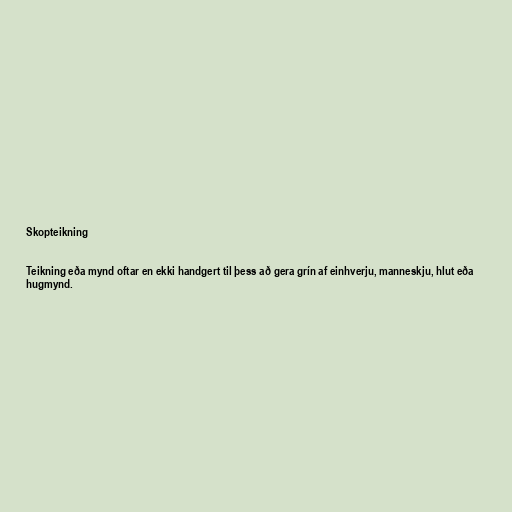
Skopteikning

Teikning eða mynd oftar en ekki handgert til þess að gera grín af einhverju, manneskju, hlut eða
hugmynd.